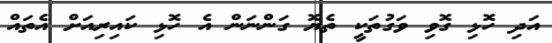
އަދި ހޮޅި ގޮވި ވަގުތަކީ ތެޔޮ ގަންނަން އެ ހޮޅި ކައިރިއަށް އެތައް